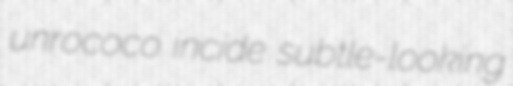
unrococo incide subtle-looking